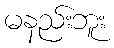
မနည်းဘူး